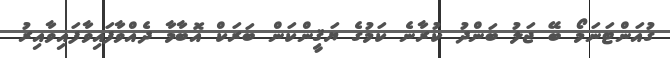
ގުއަންޓަނަމޯ ބޭ ޖަލު ބަންދު ކުރާނެ ކަމުގެ ޔަޤީންކަން ބަރަކް އޮބާމާ ދެއްވާފައިވާފައިވާއިރު